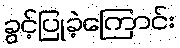
ခွင့်ပြုခဲ့ကြောင်း